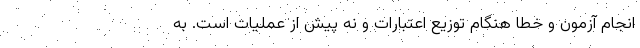
انجام آزمون و خطا هنگام توزیع اعتبارات و نه پیش از عملیات است. به